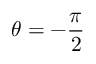
\theta = - { \frac { \pi } { 2 } }